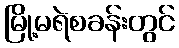
မြို့မရဲစခန်းတွင်